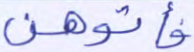
فأتوهن